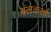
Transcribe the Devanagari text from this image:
बलकर्त्ता